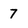
Character: 7